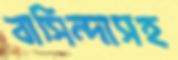
বাসিন্দাসহ